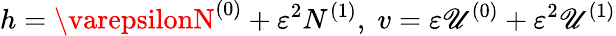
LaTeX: h=\varepsilonN^{(0)}+\varepsilon^{2}N^{(1)},\; v=\varepsilon\mathscr{U}^{(0)}+\varepsilon^{2}\mathscr{U}^{(1)}